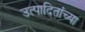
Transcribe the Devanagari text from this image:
उत्पादितांच्या